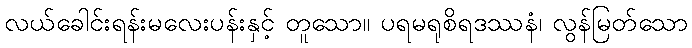
လယ်ခေါင်းရန်းမလေးပန်းနှင့် တူသော။ ပရမရုစိရဒဿနံ၊ လွန်မြတ်သော